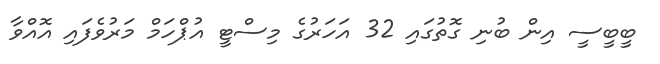
ބީބީސީ އިން ބުނި ގޮތުގައި 32 އަހަރުގެ މިސްޓީ އުޕްހަމް މަރުވެފައި އޮއްވާ